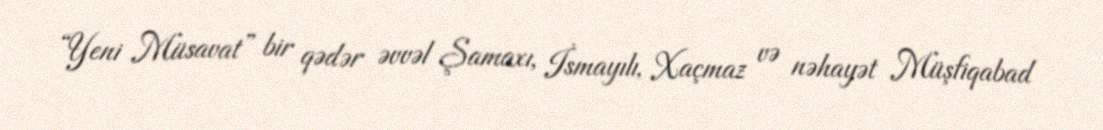
“Yeni Müsavat” bir qədər əvvəl Şamaxı, İsmayılı, Xaçmaz və nəhayət Müşfiqabad